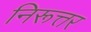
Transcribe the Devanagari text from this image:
निरूत्तर